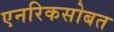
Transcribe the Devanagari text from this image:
एनरिकसोबत